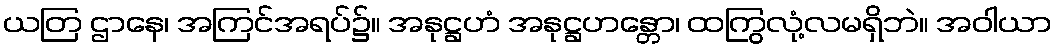
ယတြ ဌာနေ၊ အကြင်အရပ်၌။ အနုဋ္ဌဟံ အနုဋ္ဌဟန္တော၊ ထကြွလုံ့လမရှိဘဲ။ အဝါယာ